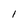
Character: l